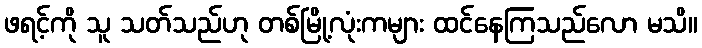
ဖရင့်ကို သူ သတ်သည်ဟု တစ်မြို့လုံးကများ ထင်နေကြသည်လော မသိ။